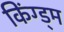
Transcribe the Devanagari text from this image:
किंग्ड्म